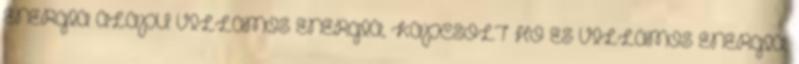
ENERGIA ALAPÚ VILLAMOS ENERGIA, KAPCSOLT HŐ ÉS VILLAMOS ENERGIA,